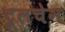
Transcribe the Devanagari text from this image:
टूलचेन